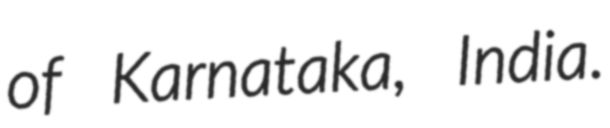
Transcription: of Karnataka, India.